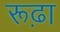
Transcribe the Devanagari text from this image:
रूढ़ा